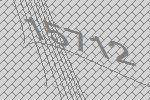
15712